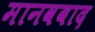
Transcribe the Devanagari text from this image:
मानवबाद